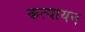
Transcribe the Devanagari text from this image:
कत्यायन